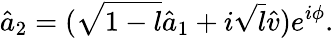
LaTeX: \hat{a}_{2}=(\sqrt{1-l}\hat{a}_{1}+i\sqrt{l}\hat{v})e^{i\phi}.